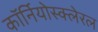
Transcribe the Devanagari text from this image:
कॉर्नियोस्क्लेरल